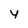
Character: y